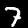
Digit: 7